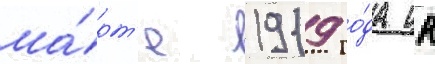
ма́рт'е 1919 го́да цк